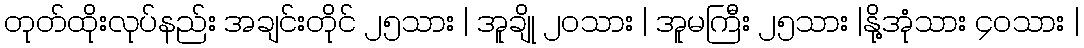
တုတ်ထိုးလုပ်နည်း အချင်းတိုင် ၂၅သား | အူချို ၂၀သား | အူမကြီး ၂၅သား |နို့အုံသား ၄၀သား |